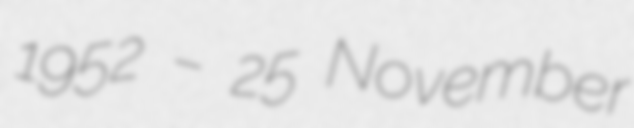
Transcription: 1952 – 25 November